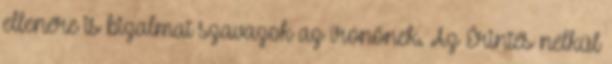
ellenére is bizalmat szavazok az írónőnek. Az Érintés nélkül